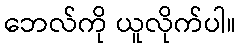
ဘေလ်ကို ယူလိုက်ပါ။